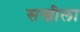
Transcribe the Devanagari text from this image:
सखीला